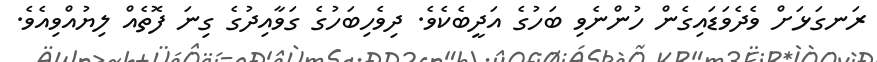
ރަނގަޅަށް ވެދެވަޑައިގެން ހުންނެވި ބަހުގެ އަދީބެކެވެ. ދިވެހިބަހުގެ ގަވާއިދުގެ ގިނަ ފޮތެއް ލިޔުއްވިއެވެ.